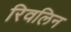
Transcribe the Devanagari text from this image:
रिवलिन